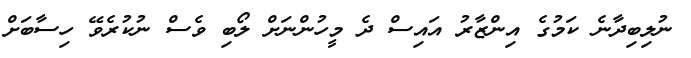
ނުލިބިދާނެ ކަމުގެ އިންޒާރު އައިސް ދެ މީހުންނަށް ލޯބި ވެސް ނުކުރެވޭ ހިސާބަށް